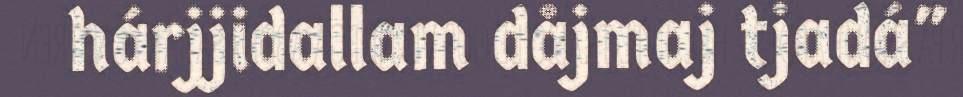
hárjjidallam dåjmaj tjadá"